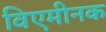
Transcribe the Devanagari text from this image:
विएमीनक